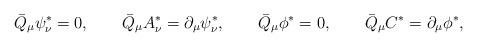
LaTeX: \begin{align*}\bar{Q}_\mu \psi_\nu^* = 0,\qquad\bar{Q}_\mu A_\nu^* = \partial_\mu \psi_\nu^*,\qquad\bar{Q}_\mu \phi^* = 0, \qquad\bar{Q}_\mu C^* = \partial_\mu \phi^*,\end{align*}